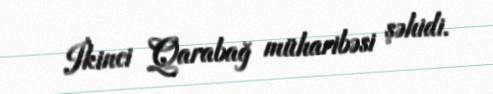
İkinci Qarabağ müharibəsi şəhidi.